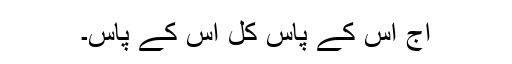
آج اس کے پاس کل اس کے پاس۔